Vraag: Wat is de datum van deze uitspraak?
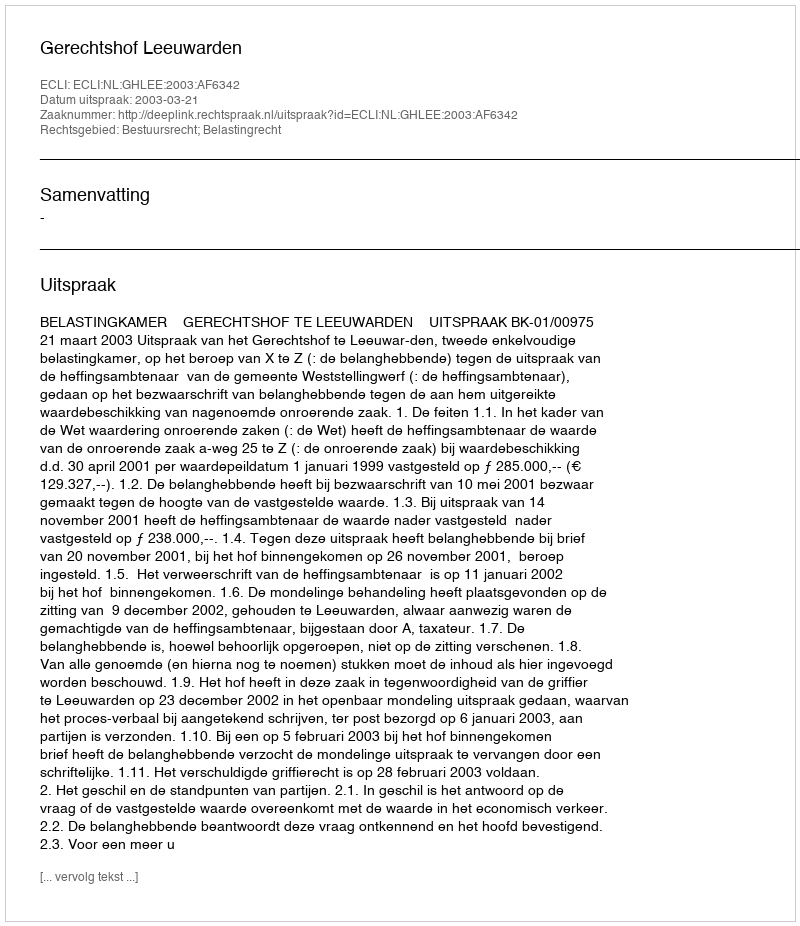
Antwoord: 2003-03-21